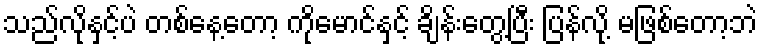
သည်လိုနှင့်ပဲ တစ်နေ့တော့ ကိုမောင်နှင့် ချိန်းတွေ့ပြီး ပြန်လို့ မဖြစ်တော့ဘဲ